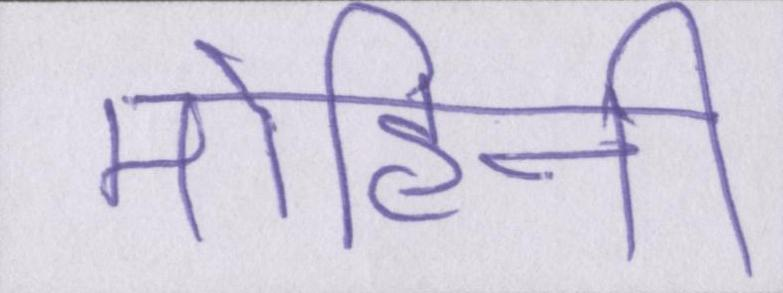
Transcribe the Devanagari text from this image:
मोहिनी